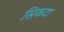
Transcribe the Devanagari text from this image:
सिकटा